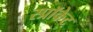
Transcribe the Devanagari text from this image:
स्प्रॉकेट